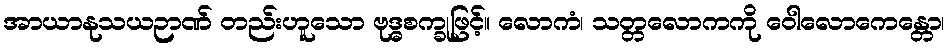
အာယာနုသယဉာဏ် တည်းဟူသော ဗုဒ္ဓစက္ခုဖြင့်။ လောကံ၊ သတ္တလောကကို ဝေါလောကေန္တော၊